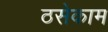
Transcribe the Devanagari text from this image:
ठसेकाम